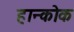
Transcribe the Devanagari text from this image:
हान्कोक